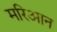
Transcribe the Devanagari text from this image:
मरिआन